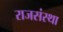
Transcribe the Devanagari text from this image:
राजसंस्था